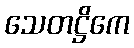
သေတဋ္ဌိကေ